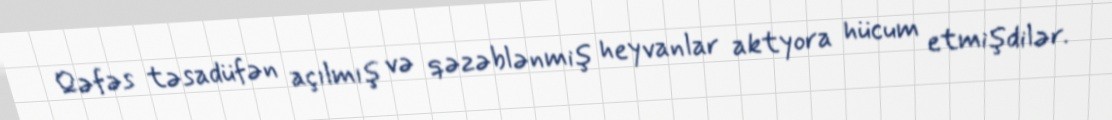
Qəfəs təsadüfən açılmış və qəzəblənmiş heyvanlar aktyora hücum etmişdilər.